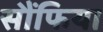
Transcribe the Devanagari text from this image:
सौंफिया